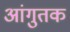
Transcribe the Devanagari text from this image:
आंगुतक